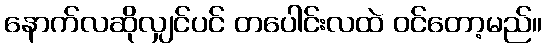
နောက်လဆိုလျှင်ပင် တပေါင်းလထဲ ဝင်တော့မည်။